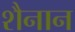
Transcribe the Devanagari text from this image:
शैनान